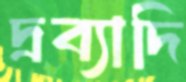
দ্রব্যাদি